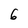
Character: 6